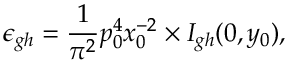
\epsilon _ { g h } = { \frac { 1 } { \pi ^ { 2 } } } p _ { 0 } ^ { 4 } x _ { 0 } ^ { - 2 } \times I _ { g h } ( 0 , y _ { 0 } ) ,